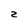
Character: z